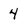
Character: 4